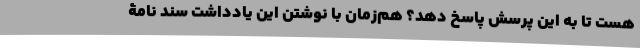
هست تا به این پرسش پاسخ دهد؟ هم‌زمان با نوشتن این یادداشت سند نامۀ